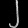
Digit: ၂